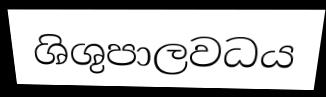
ශිශුපාලවධය